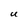
Character: U